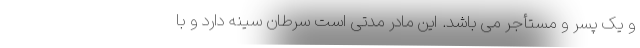
و یک پسر و مستأجر می باشد. این مادر مدتی است سرطان سینه دارد و با